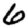
Digit: 6